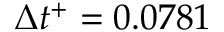
\Delta t ^ { + } = 0 . 0 7 8 1